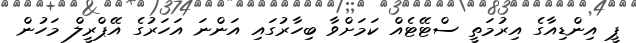
ޕީ އިންޑިއާގެ އިރުމަތީ ސްޓޭޓެއް ކަމަށްވާ ބިހާރުގައި އަންނަ އަހަރުގެ އޭޕްރީލް މަހުން